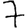
Digit: 7